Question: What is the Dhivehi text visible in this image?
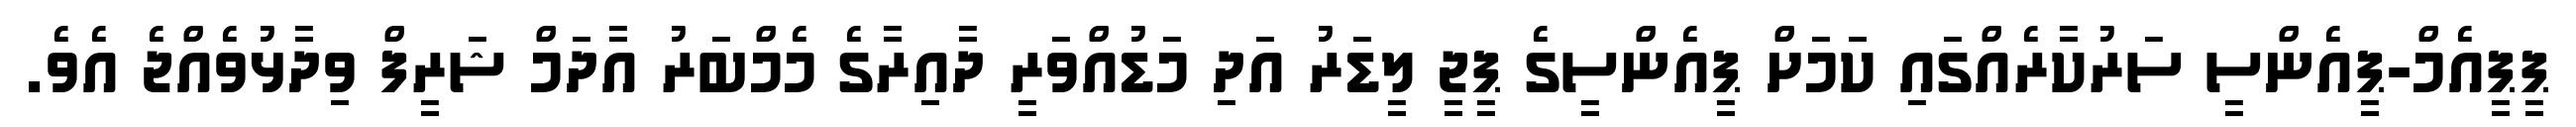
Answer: ޕީޕީއެމް-ޕީއެންސީ ސަރުކާރެއްގައި ކަމަށް ޕީއެންސީގެ ޕީޖީ ލީޑަރު އަދި މަޑުއްވަރީ ދާއިރާގެ މެމްބަރު އާދަމް ޝަރީފް ވިދާޅުވެއްޖެ އެވެ.